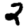
Digit: 2